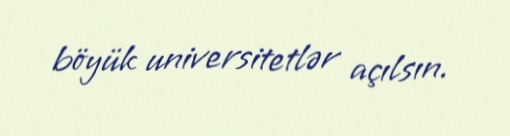
böyük universitetlər açılsın.